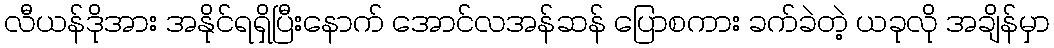
လီယန်ဒိုအား အနိုင်ရရှိပြီးနောက် အောင်လအန်ဆန် ပြောစကား ခက်ခဲတဲ့ ယခုလို အချိန်မှာ